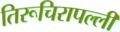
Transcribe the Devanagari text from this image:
तिरूचिरापल्‍ली